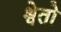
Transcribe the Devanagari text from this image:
श्वेतो